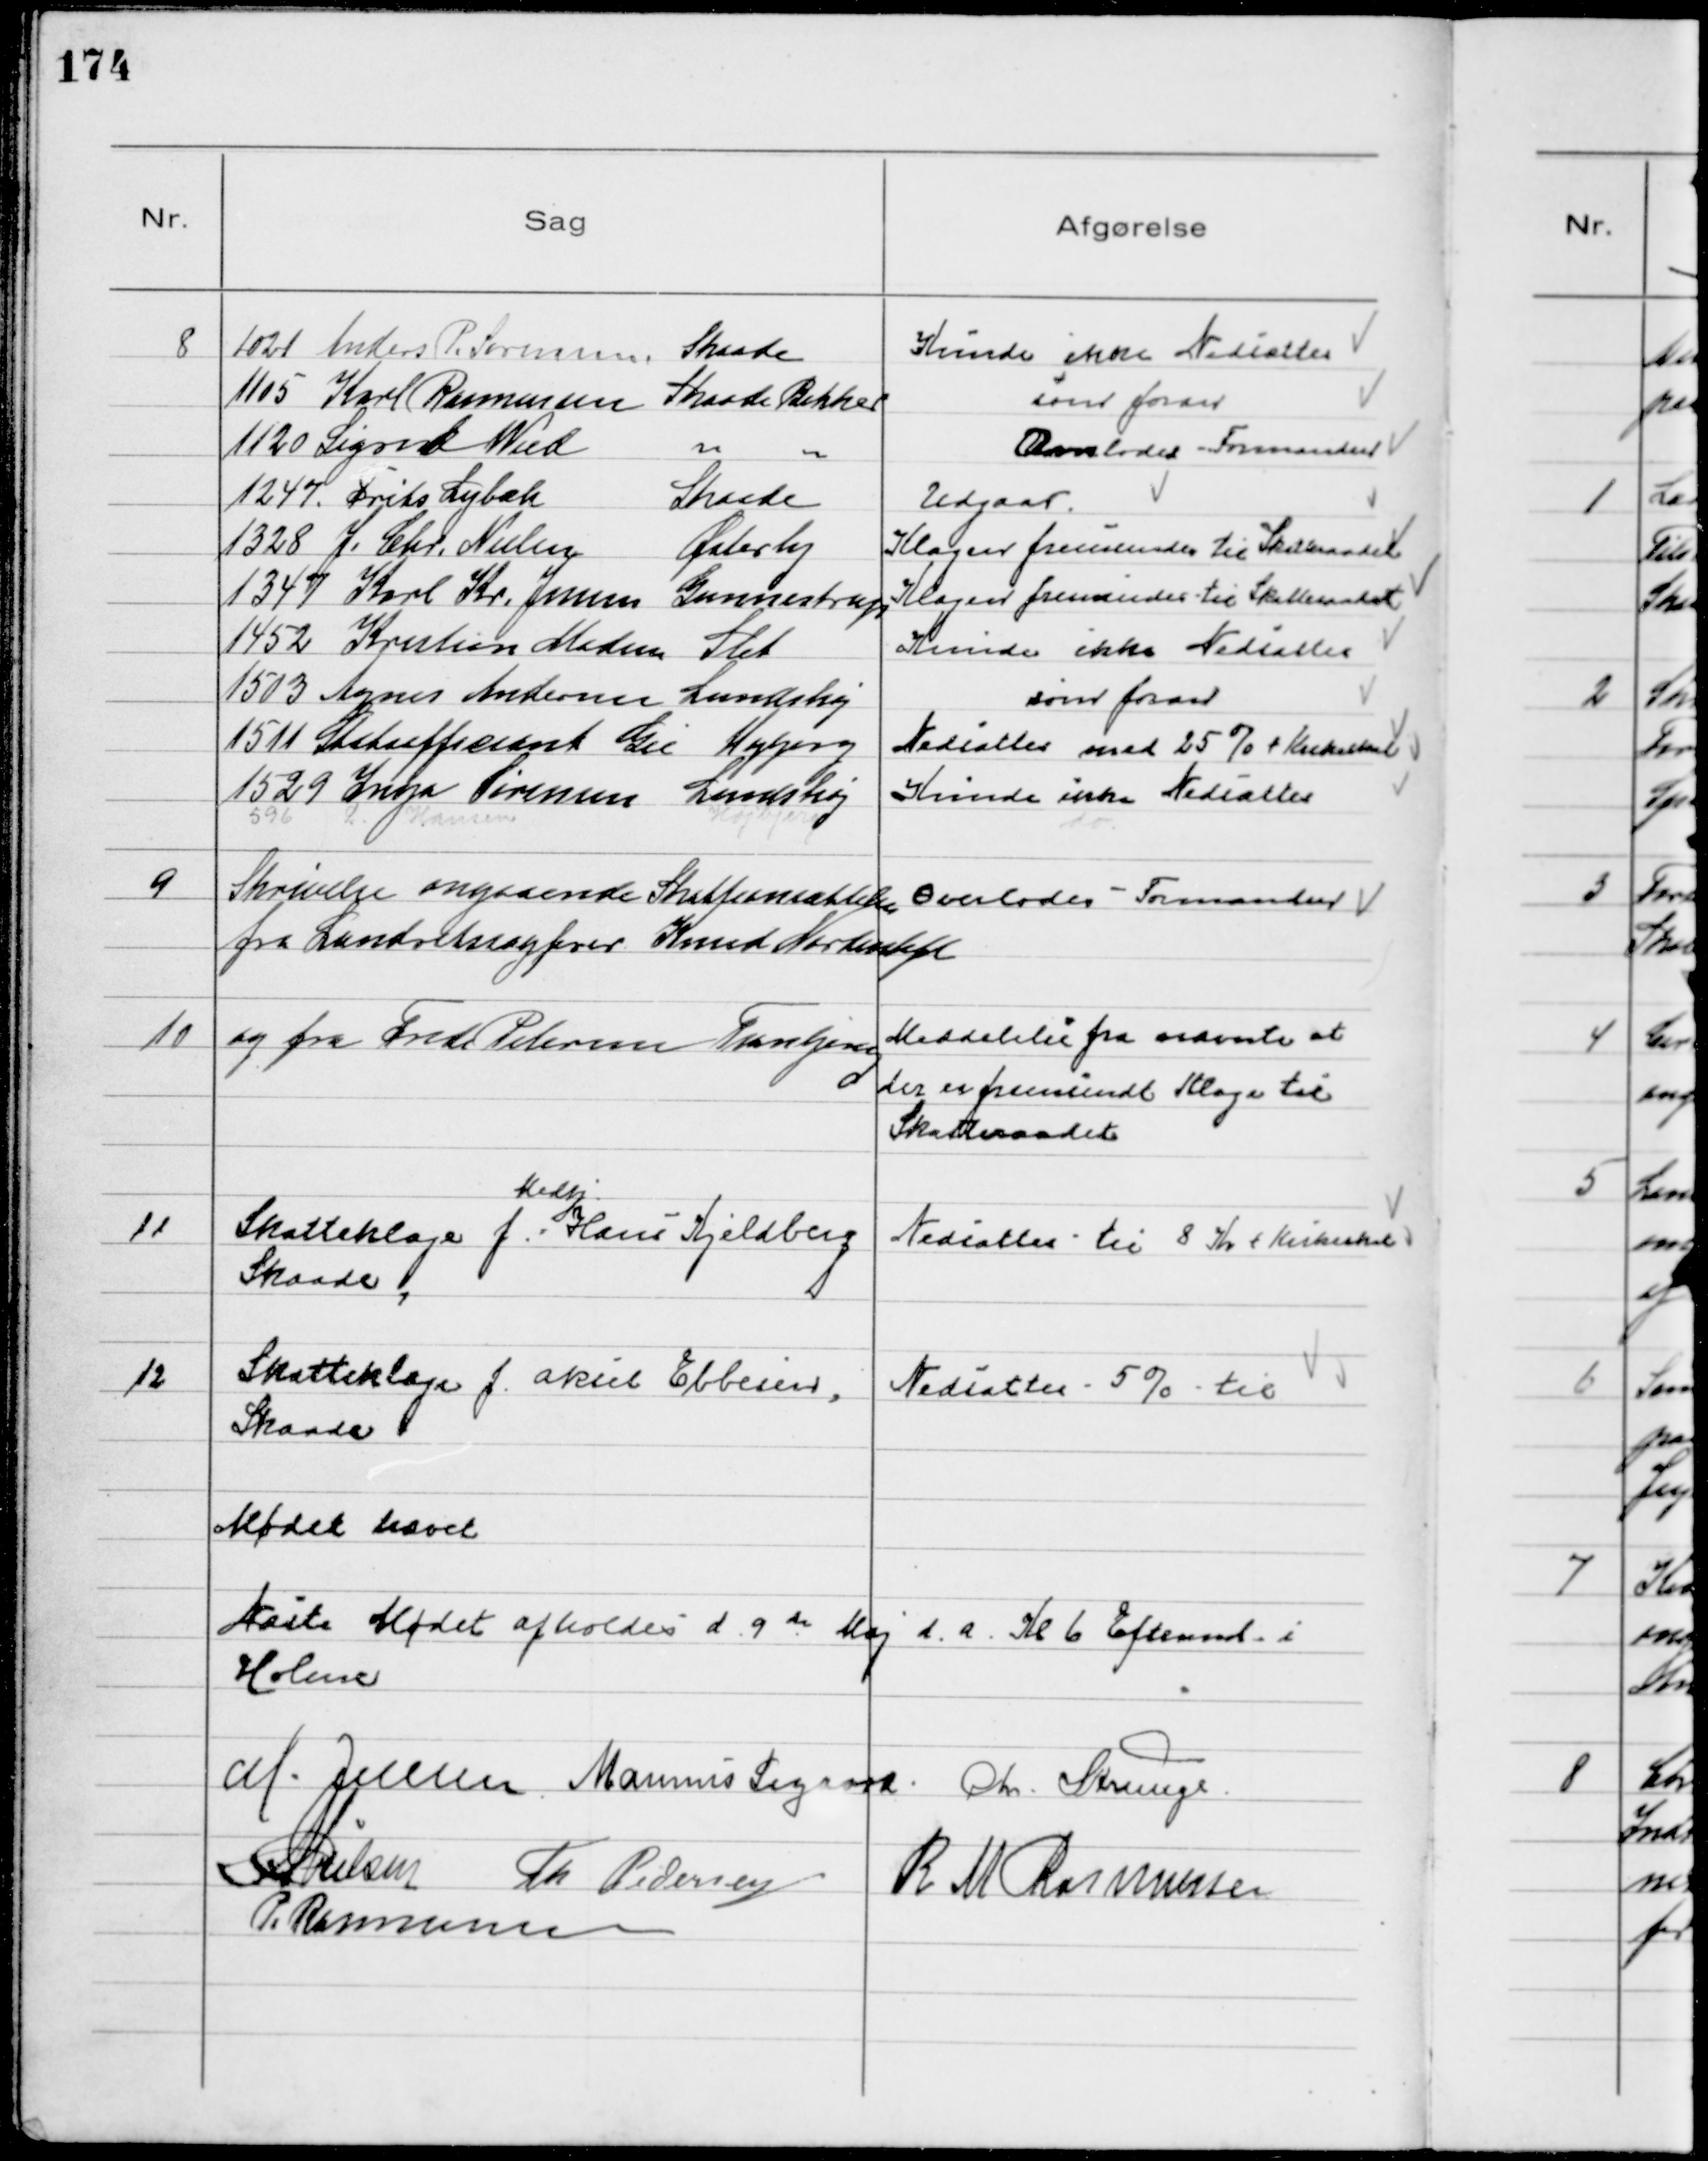
Transskription:
8
1021 Anders P. Sørensen Skaade
Kunde ikke Nedsættes
1105 Karl Rasmussen Skaade Bakker
som foran
1120 Sigrid Wied
Overlodes Formanden
1247. Frits Lybæk 
Skaade
Udgaar
1328 J. Chr. Nielsen 
Østerby
Klagen fremsendes til Skatteraadet
1347 Karl Kr. Jensen Gunnestrup
Klagen fremsendes til Skatteraadet
1452 Kristian Madsen Slet
Kunde ikke Nedsættes
1503 Agner Andersen Lundshøj
som foran
1511 Stabsofficiant Gie Højbjerg
Nedsattes med 25% + Kirkeskat
1529 Inga Sørensen Lundshøj
Kunde ikke Nedsættes
596 L. Hansen 
Højbjerg
do.

9
Skrivelse angaaende Skatteansættelse
fra Landretssagfører Knud Nordentoft
Overlodes Formanden

10
og fra Frede Petersen Tranbjerg
Meddelelse fra nævnte at
der er fremsendt Klage til
Skatteraadet

11
Skatteklage f.
Medhj.
Hans Kjeldberg
Skaade

Nedsattes til 8 Kr + Kirkeskat

12
Skatteklage f. Aksel Ebbesen
Skaade

Nedsattes 5% til

Mødet hævet
Næste Møde afholdes d. 9 de Maj d.a. Kl 6 Eftermd. i
Holme
M. Jensen Marinus Sigaard Chr. Strunge.
NNielsen Th Pedersen R M Rasmussen
P. Rasmussen